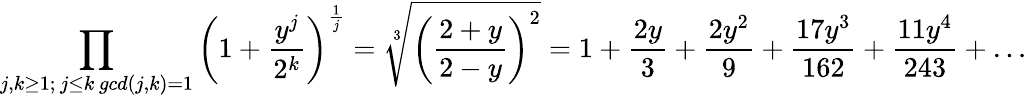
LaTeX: \prod_{\substack{j,k\geq 1;\, j\leq k\, gcd(j,k)=1}}\left(1+\frac{y^{j}}{2^{k}}\right)^{\frac{1}{j}}=\sqrt[3]{\left(\frac{2+y}{2-y}\right)^{2}}=1+\frac{2y}{3}+\frac{2y^{2}}{9}+\frac{17y^{3}}{162}+\frac{11y^{4}}{243}+\ldots